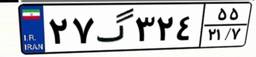
۲۷گ۳۲۴۵۵